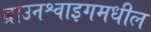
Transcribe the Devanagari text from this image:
ब्राउनश्वाइगमधील